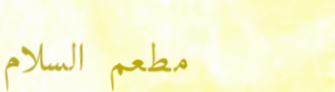
مطعم السلام